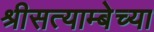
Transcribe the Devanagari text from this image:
श्रीसत्याम्बेच्या